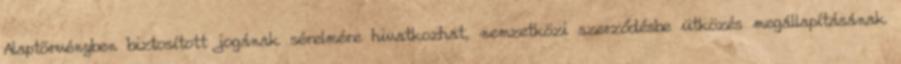
Alaptörvényben biztosított jogának sérelmére hivatkozhat, nemzetközi szerződésbe ütközés megállapításának